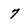
Character: 7